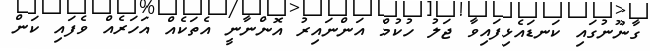
ގާނޫނުގައި ކަނޑައެޅިފައިވާ ޖަލު ހުކުމް އަންނައިރު އޮންނާނީ އެތަކެއް އަހަރެއް ވެފައި ކަން